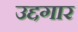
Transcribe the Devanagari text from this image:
उद्दगार